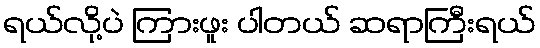
ရယ်လို့ပဲ ကြားဖူး ပါတယ် ဆရာကြီးရယ်